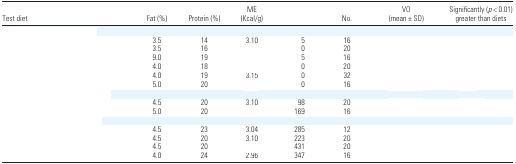
<table><thead><tr><td><b>Test diet</b></td><td><b>Fat (%)</b></td><td><b>Protein (%)</b></td><td><b>ME (Kcal/g)</b></td><td>[EMPTY_CELL]</td><td><b>No.</b></td><td><b>VO (mean ± SD)</b></td><td><b>Significantly (<i>p</i> &lt; 0.01) greater than diets</b></td></tr></thead><tbody><tr><td colspan="8">[EMPTY_CELL]</td></tr><tr><td>[EMPTY_CELL]</td><td>3.5</td><td>14</td><td>3.10</td><td>5</td><td>16</td><td>[EMPTY_CELL]</td><td>[EMPTY_CELL]</td></tr><tr><td>[EMPTY_CELL]</td><td>3.5</td><td>16</td><td>[EMPTY_CELL]</td><td>0</td><td>20</td><td>[EMPTY_CELL]</td><td>[EMPTY_CELL]</td></tr><tr><td>[EMPTY_CELL]</td><td>9.0</td><td>19</td><td>[EMPTY_CELL]</td><td>5</td><td>16</td><td>[EMPTY_CELL]</td><td>[EMPTY_CELL]</td></tr><tr><td>[EMPTY_CELL]</td><td>4.0</td><td>18</td><td>[EMPTY_CELL]</td><td>0</td><td>20</td><td>[EMPTY_CELL]</td><td>[EMPTY_CELL]</td></tr><tr><td>[EMPTY_CELL]</td><td>4.0</td><td>19</td><td>3.15</td><td>0</td><td>32</td><td>[EMPTY_CELL]</td><td>[EMPTY_CELL]</td></tr><tr><td>[EMPTY_CELL]</td><td>5.0</td><td>20</td><td>[EMPTY_CELL]</td><td>0</td><td>16</td><td>[EMPTY_CELL]</td><td>[EMPTY_CELL]</td></tr><tr><td colspan="8">[EMPTY_CELL]</td></tr><tr><td>[EMPTY_CELL]</td><td>4.5</td><td>20</td><td>3.10</td><td>98</td><td>20</td><td>[EMPTY_CELL]</td><td>[EMPTY_CELL]</td></tr><tr><td>[EMPTY_CELL]</td><td>5.0</td><td>20</td><td>[EMPTY_CELL]</td><td>169</td><td>16</td><td>[EMPTY_CELL]</td><td>[EMPTY_CELL]</td></tr><tr><td colspan="8">[EMPTY_CELL]</td></tr><tr><td>[EMPTY_CELL]</td><td>4.5</td><td>23</td><td>3.04</td><td>285</td><td>12</td><td>[EMPTY_CELL]</td><td>[EMPTY_CELL]</td></tr><tr><td>[EMPTY_CELL]</td><td>4.5</td><td>20</td><td>3.10</td><td>223</td><td>20</td><td>[EMPTY_CELL]</td><td>[EMPTY_CELL]</td></tr><tr><td>[EMPTY_CELL]</td><td>4.5</td><td>20</td><td>[EMPTY_CELL]</td><td>431</td><td>20</td><td>[EMPTY_CELL]</td><td>[EMPTY_CELL]</td></tr><tr><td>[EMPTY_CELL]</td><td>4.0</td><td>24</td><td>2.96</td><td>347</td><td>16</td><td>[EMPTY_CELL]</td><td>[EMPTY_CELL]</td></tr></tbody></table>